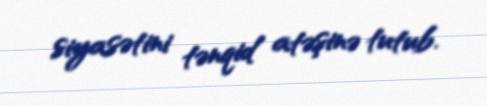
siyasətini tənqid atəşinə tutub.